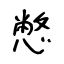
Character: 憋